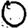
Digit: 0